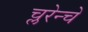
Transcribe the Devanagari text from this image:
च्लरेन्चे